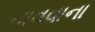
ચાવવાના